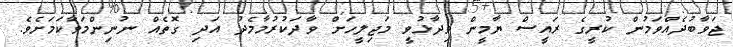
ޖަވާބުދެއްވަމުން ކުރީގެ ރައީސް ޔާމީން ވިދާޅުވީ މަޖިލީހަށް ވާދަކުރުމާމެދު އަދި ގޮތެއް ނުނިންމަވާކަމަށެވެ.